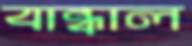
বান্ধাল